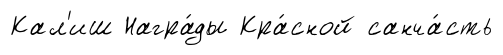
Кал'иш Награ́ды Кра́сной санча́сть